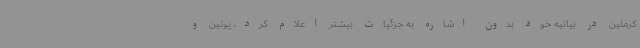
کرملین در بیانیه خود بدون اشاره به جزئیات بیشتر اعلام کرد، پوتین و